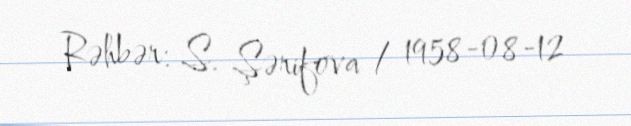
Rəhbər: S. Şərifova / 1958-08-12